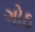
ગોઠ